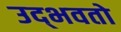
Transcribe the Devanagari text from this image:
उद्‌भवतो